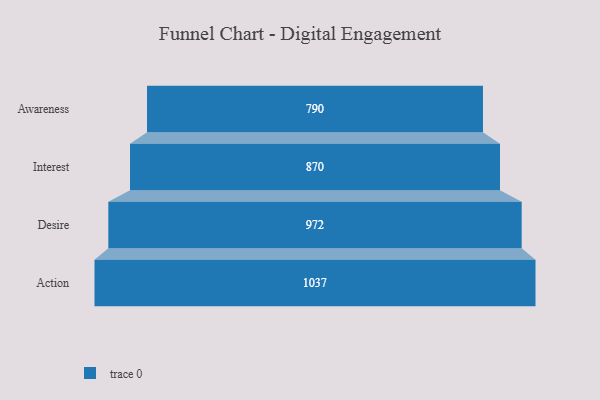
{"axis": {"x": "Stage", "y": "Value"}, "legend": [""], "data": [{"x": "Awareness", "y": 790.0, "type": ""}, {"x": "Interest", "y": 870.0, "type": ""}, {"x": "Desire", "y": 972.0, "type": ""}, {"x": "Action", "y": 1037.0, "type": ""}]}